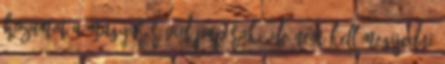
hozamot a magyar rövid papírok, de nem kell megijedni